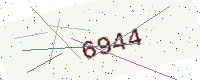
Text: 6944